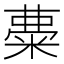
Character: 𥺠